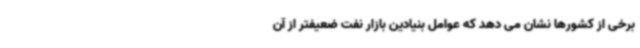
برخی از کشورها نشان می دهد که عوامل بنیادین بازار نفت ضعیفتر از آن